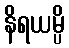
နိရယမ္ပိ